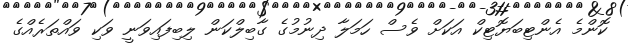
ކޮންމެ އެންޓިބަޔޮޓިކް އަކަށް ވެސް ހަމަލާ ދިނުމުގެ ގާބިލްކަން ލިބިފައިވަނީ ވަކި ވައްތަރެއްގެ